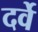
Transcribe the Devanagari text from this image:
दर्वे